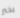
بخير